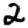
Digit: 2